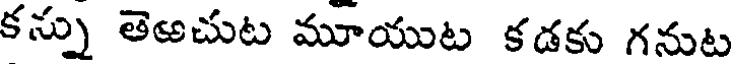
కస్ను తెఱచుట మూయుట కడకు గనుట